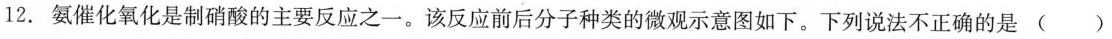
12. 氨催化氧化是制硝酸的主要反应之一。该反应前后分子种类的微观示意图如下。下列说法不正确的是 ( )